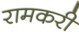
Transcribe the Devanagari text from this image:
रामकरी